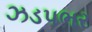
ઝડપભર